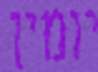
יומין